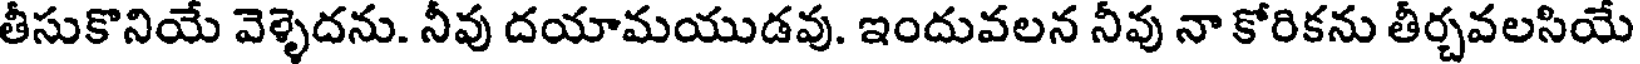
తీసుకొనియే వెళ్ళెదను. నీవు దయామయుడవు. ఇందువలన నీవు నా కోరికను తీర్చవలసియే